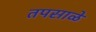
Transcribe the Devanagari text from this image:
तपसाळे